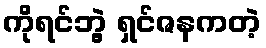
ကိုရင်ဘွဲ့ ရှင်ဇနကတဲ့